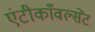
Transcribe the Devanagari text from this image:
एंटीकाँवल्सेंट